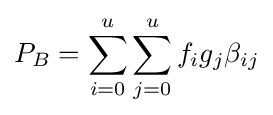
P_{B}=\sum _{i=0}^{u}\sum _{j=0}^{u}f_{i}g_{j}\beta _{ij}